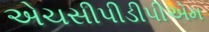
એચસીપીડીપીએમ